Vaccination in Bombay 1874-1876 - 1874-1876
Year: 1874
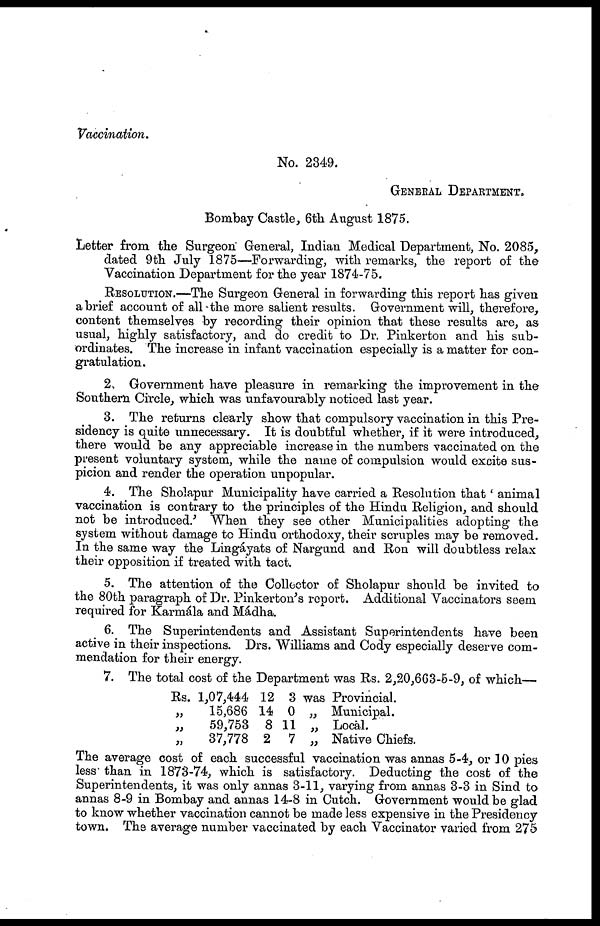
Vaccination.
No. 2349.
GENERAL DEPARTMENT.
Bombay Castle, 6th August 1875.
Letter from the Surgeon General, Indian Medical Department, No. 2085,
dated 9th July 1875—Forwarding, with remarks, the report of the
Vaccination Department for the year 1874-75.
RESOLUTION.—The Surgeon General in forwarding this report has given
a brief account of all the more salient results. Government will, therefore,
content themselves by recording their opinion that these results are, as
usual, highly satisfactory, and do credit to Dr. Pinkerton and his sub-
ordinates. The increase in infant vaccination especially is a matter for con-
gratulation.
2. Government have pleasure in remarking the improvement in the
Southern Circle, which was unfavourably noticed last year.
3. The returns clearly show that compulsory vaccination in this Pre-
sidency is quite unnecessary. It is doubtful whether, if it were introduced,
there would be any appreciable increase in the numbers vaccinated on the
present voluntary system, while the name of compulsion would excite sus-
picion and render the operation unpopular.
4. The Sholapur Municipality have carried a Resolution that ' animal
vaccination is contrary to the principles of the Hindu Religion, and should
not be introduced.' When they see other Municipalities adopting the
system without damage to Hindu orthodoxy, their scruples may be removed.
In the same way the Lingáyats of Nargund and Ron will doubtless relax
their opposition if treated with tact.
5. The attention of the Collector of Sholapur should be invited to
the 80th paragraph of Dr. Pinkerton's report. Additional Vaccinators seem
required for Karmála and Mádha.
6. The Superintendents and Assistant Superintendents have been
active in their inspections. Drs. Williams and Cody especially deserve com-
mendation for their energy.
7. The total cost of the Department was Rs. 2,20,663-5-9, of which—
Rs. 1,07,444 12 3 was Provincial.
„
15,686 14 0 „ Municipal.
„
59,753 8 11 „ Local.
„
37,778 2 7 „ Native Chiefs.
The average cost of each successful vaccination was annas 5-4, or 10 pies
less than in 1873-74, which is satisfactory. Deducting the cost of the
Superintendents, it was only annas 3-11, varying from annas 3-3 in Sind to
annas 8-9 in Bombay and annas 14-8 in Cutch. Government would be glad
to know whether vaccination cannot be made less expensive in the Presidency
town. The average number vaccinated by each Vaccinator varied from 275